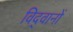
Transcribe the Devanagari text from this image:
विद्‍वानों